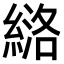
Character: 𫃶